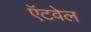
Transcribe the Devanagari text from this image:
ऍटवेल